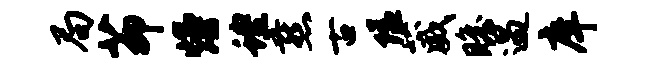
局茆熳蝗燕古隘葳瞻遇庠